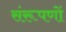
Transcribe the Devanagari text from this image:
संरूपणों